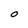
Character: O